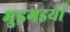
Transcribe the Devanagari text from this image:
भुइगइयाँ